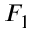
F _ { 1 }